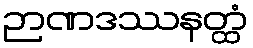
ဉာဏဒဿနတ္ထံ